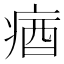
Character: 㾞